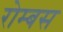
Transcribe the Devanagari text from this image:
रोम्बस